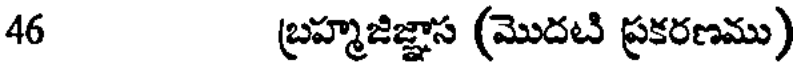
46 బ్రహ్మజిజ్ఞాస (మొదటి ప్రకరణము)